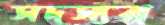
সদস্যরা